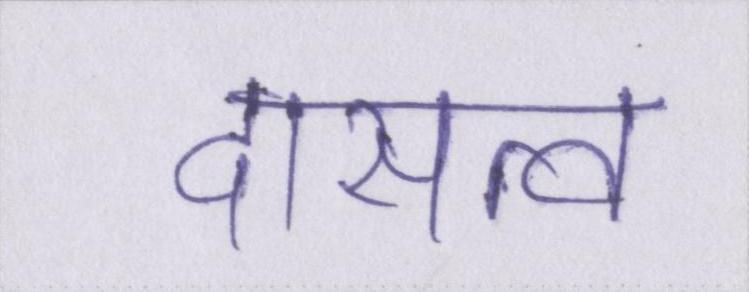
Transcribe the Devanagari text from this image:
दासत्व